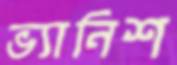
ভ্যানিশ